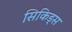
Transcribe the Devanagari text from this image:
सिकिड्स